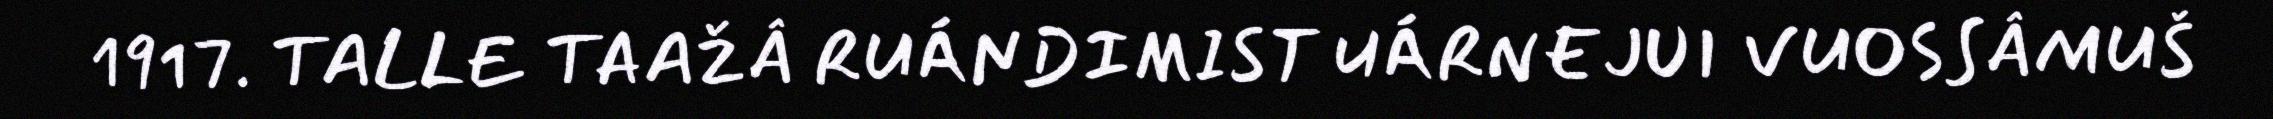
1917. TALLE TAAŽÂ RUÁNDIMIST UÁRNEJUI VUOSSÂMUŠ